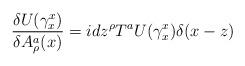
LaTeX: \begin{align*}\frac{\delta U(\gamma_{x}^{x}) }{\delta A_{\rho}^{a}(x)} =idz^{\rho}T^{a}U(\gamma_{x}^{x})\delta(x-z)\end{align*}